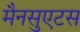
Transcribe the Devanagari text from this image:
मैनसुएटस